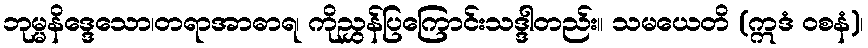
ဘုမ္မနိဒ္ဒေသော၊တရာအာဓာရ၊ ကိုညွှန်ပြကြောင်းသဒ္ဒါတည်း။ သမယေတိ (ဣဒံ ဝစနံ)၊